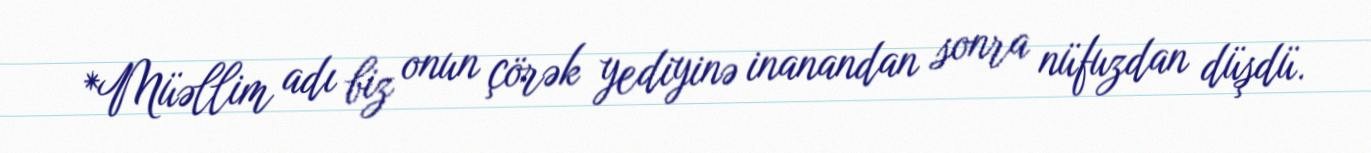
*Müəllim adı biz onun çörək yediyinə inanandan sonra nüfuzdan düşdü.